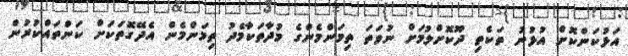
އަޅުކަންކޮށް އުޅުނު ތަކެތި ދޫކޮށްލުމަށް ނުވަތަ ތިމަންމެންގެ މުދާތަކާމެދު ތިމަންމެން އެދޭގޮތަކަށް ކަންތައްކުރުން